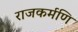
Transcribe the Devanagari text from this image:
राजकर्मणि